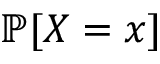
\mathbb { P } [ X = x ]